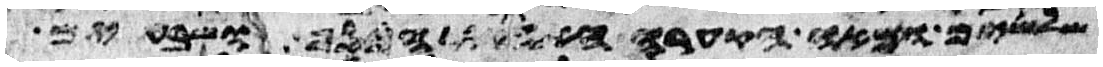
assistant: שלשים ומאה הקערה האחת הכסף ושבעים